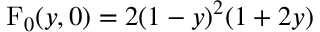
\mathrm { F } _ { 0 } ( y , 0 ) = 2 ( 1 - y ) ^ { 2 } ( 1 + 2 y )